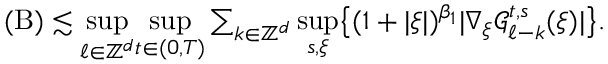
\begin{array} { r } { ( \mathrm { B } ) \lesssim \underset { \ell \in \mathbb Z ^ { d } } { \operatorname* { s u p } } \underset { t \in ( 0 , T ) } { \operatorname* { s u p } } \sum _ { k \in \mathbb Z ^ { d } } \underset { s , \xi } { \operatorname* { s u p } } \big \lbrace ( 1 + \vert \xi \vert ) ^ { \beta _ { 1 } } \vert \nabla _ { \xi } \mathcal { G } _ { \ell - k } ^ { t , s } ( \xi ) \vert \big \rbrace . } \end{array}